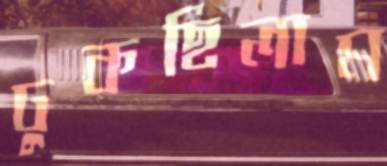
ঢুকছিলাম